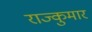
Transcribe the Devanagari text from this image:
राज्कुमार